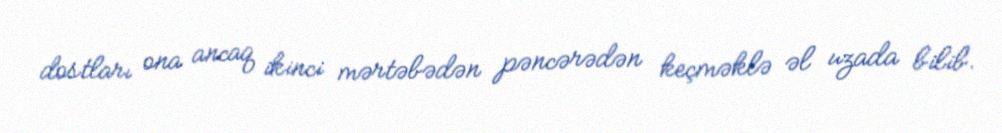
dostları ona ancaq ikinci mərtəbədən pəncərədən keçməklə əl uzada bilib.